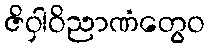
ဇိဝှါဝိညာဏံတွေဝ